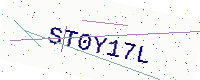
Text: ST0Y17L